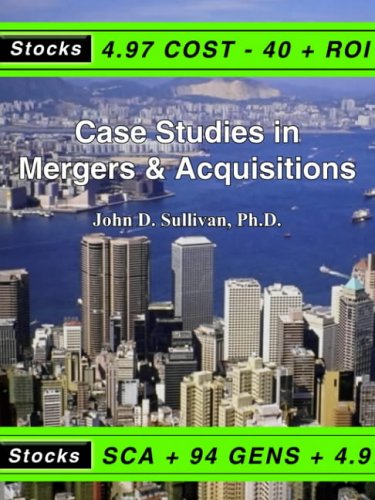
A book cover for Case Studies in Mergers & Acquisitions; John D. Sullivan; Business & Money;